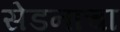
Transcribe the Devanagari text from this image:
सेडनाचा